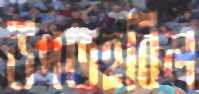
উপতহবিল